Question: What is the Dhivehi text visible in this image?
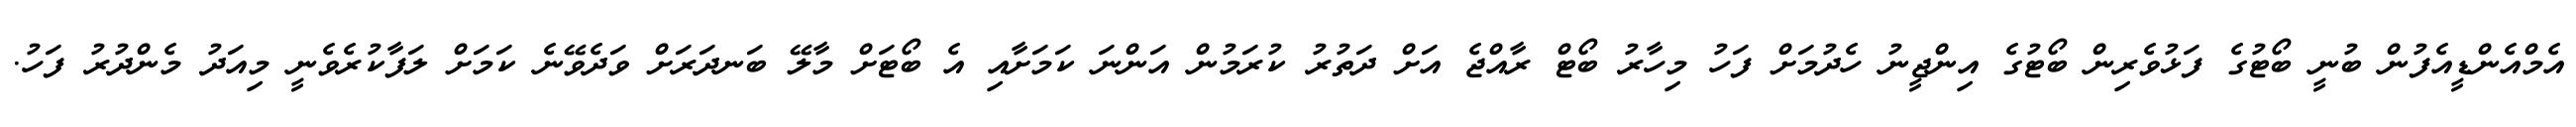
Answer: އެމްއެންޑީއެފުން ބުނީ ބޯޓުގެ ފަޅުވެރިން ބޯޓުގެ އިންޖީނު ހެދުމަށް ފަހު މިހާރު ބޯޓް ރާއްޖެ އަށް ދަތުރު ކުރަމުން އަންނަ ކަމަށާއި އެ ބޯޓަށް މާލޭ ބަނދަރަށް ވަދެވޭނެ ކަމަށް ލަފާކުރެވެނީ މިއަދު މެންދުރު ފަހު.